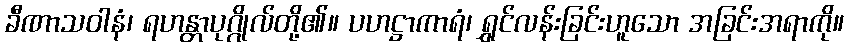
ခီဏာသဝါနံ၊ ရဟန္တာပုဂ္ဂိုလ်တို့၏။ ပဟဋ္ဌာကာရံ၊ ရွှင်လန်းခြင်းဟူသော အခြင်းအရာကို။